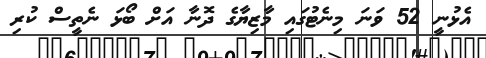
އެޅުނީ 52 ވަނަ މިނެޓުގައި މާޒިޔާގެ ދޮނާ އަށް ބޯޅަ ނެތީސް ކުރި